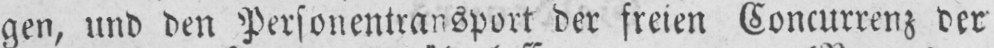
gen, und den Personentransport der freien Concurrenz der